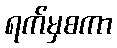
ရက်မှစကာ